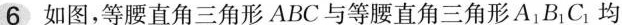
6 如图，等腰直角三角形ABC与等腰直角三角形A_{1|B_{1}C_{1}均